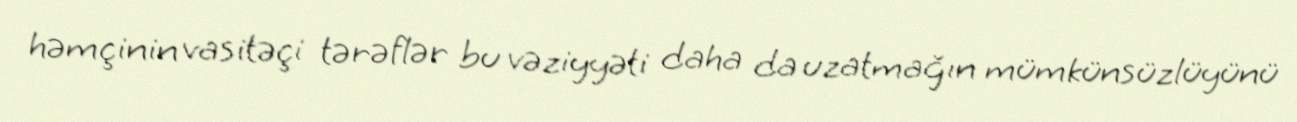
həmçinin vasitəçi tərəflər bu vəziyyəti daha da uzatmağın mümkünsüzlüyünü